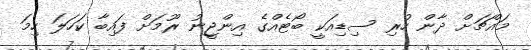
މައްޗަށް ދާން ހުރި ސިޑިއަކީ ބޯޓެއްގެ އިންޖީނު ރޫމަށް ފައިބާ ކަހަލަ ހިމަ